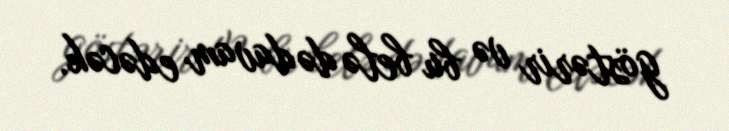
göstərir və bu belə də davam edəcək.